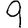
Digit: 9